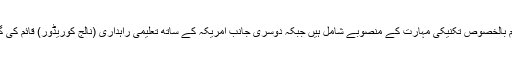
حکام کے مطابق ایک طرف پاک چین اقتصادی راہداری کے تحت تعلیم بالخصوص تکنیکی مہارت کے منصوبے شامل ہیں جبکہ دوسری جانب امریکہ کے ساتھ تعلیمی راہداری (نالج کوریڈور) قائم کی گئی ہے جس کے تحت 10ہزار پی ایچ ڈی سکالرز تیارکئے جائیں گے۔